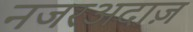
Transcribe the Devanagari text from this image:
नजरअदाज़